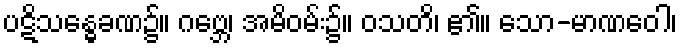
ပဋိသန္ဓေခဏ၌။ ဂဗ္ဘေ၊ အမိဝမ်း၌။ ဝသတိ၊ ၏။ သော-မာဏဝေါ၊